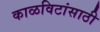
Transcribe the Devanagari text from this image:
काळविटांसाठी